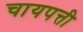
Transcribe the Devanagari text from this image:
चायपत्ती